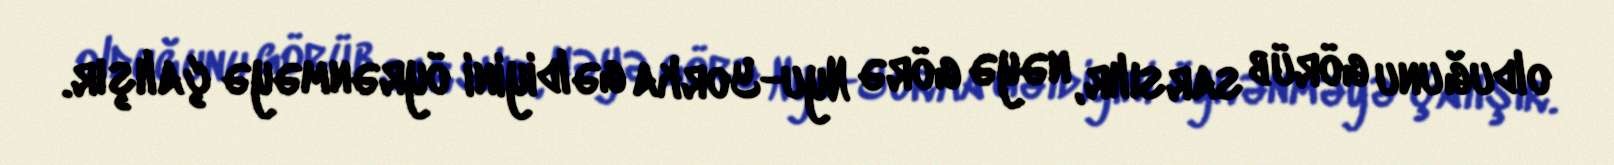
olduğunu görüb sarsılır, nəyə görə Nyu-Yorka gəldiyini öyrənməyə çalışır.